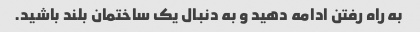
به راه رفتن ادامه دهید و به دنبال یک ساختمان بلند باشید.